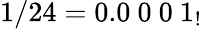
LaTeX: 1/24=0.0\ 0\ 0\ 1_{!}